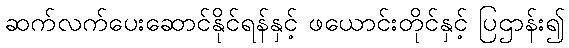
ဆက်လက်ပေးဆောင်နိုင်ရန်နှင့် ဖယောင်းတိုင်နှင့် ပြဌာန်း၍